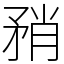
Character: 矟